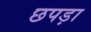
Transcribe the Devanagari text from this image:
छपड़ा